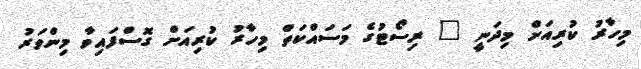
މިހާރު ކުރިއަށް މިދަނީ " ރިސޯޓުގެ މަސައްކަތް މިހާރު ކުރިއަށް ގޮސްފަައިވާ މިންވަރު